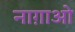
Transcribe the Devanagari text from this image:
नाग़ाओ